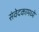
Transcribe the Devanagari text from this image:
संवेदकामध्ये